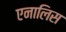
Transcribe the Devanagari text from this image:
एनालिस